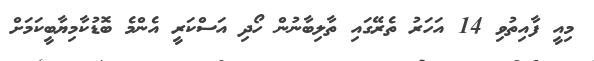
މިއީ ފާއިތުވި 14 އަހަރު ތެރޭގައި ތާލިބާނުން ހޯދި އަސްކަރީ އެންމެ ބޮޑުކާމިޔާބީކަމަށް